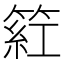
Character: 𬕡